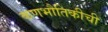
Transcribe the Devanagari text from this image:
कणभौतिकीची